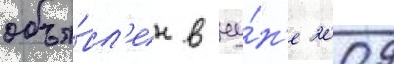
объя́вл'ен в иу́н'е 2009